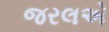
જરલએ